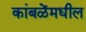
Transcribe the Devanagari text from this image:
कांबळेंमधील